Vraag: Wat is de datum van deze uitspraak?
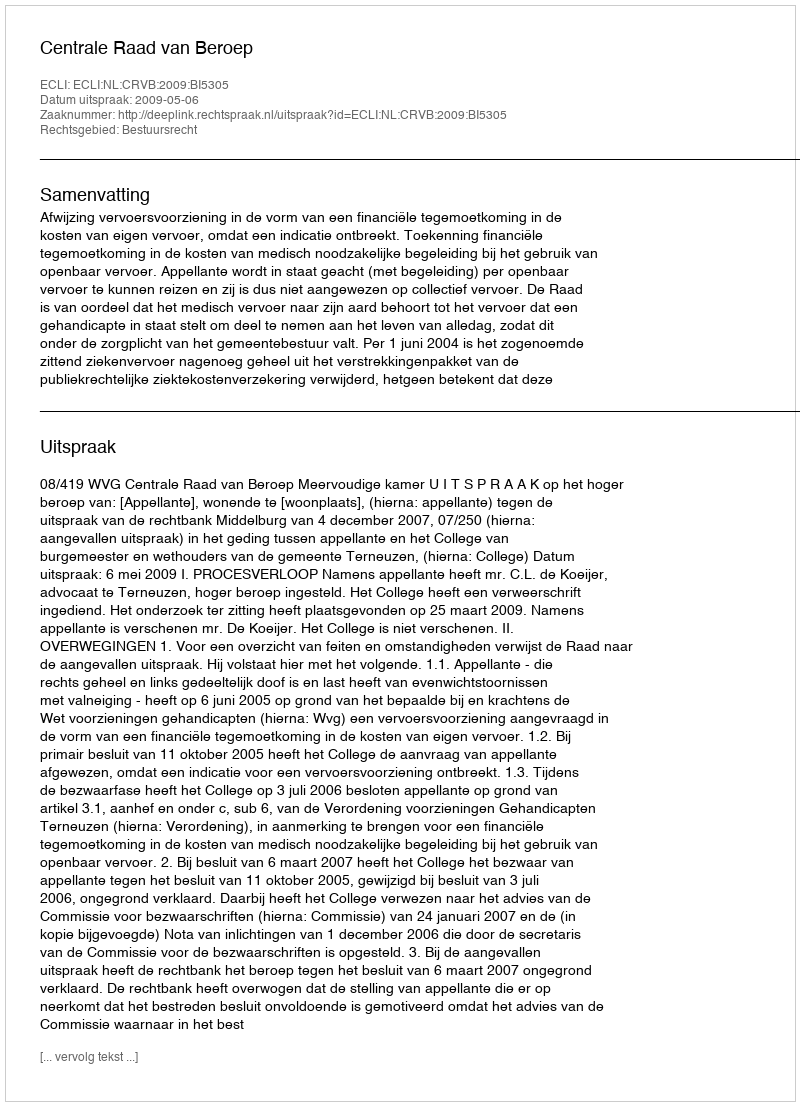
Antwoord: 2009-05-06